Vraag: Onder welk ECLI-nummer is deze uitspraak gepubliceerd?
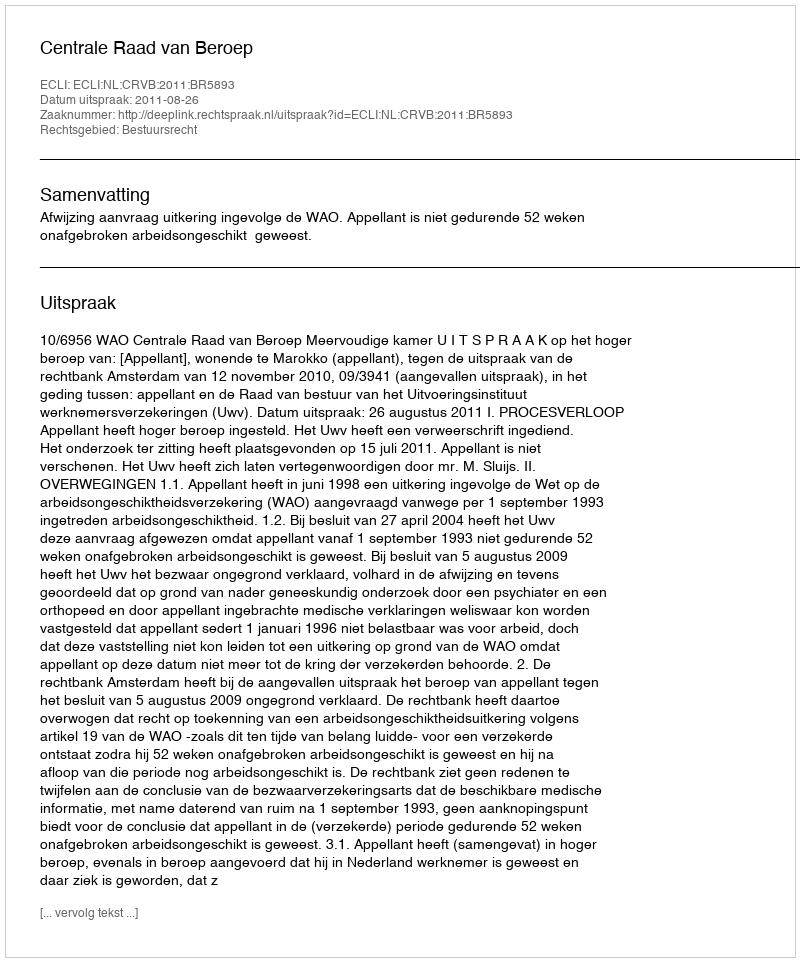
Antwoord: ECLI:NL:CRVB:2011:BR5893